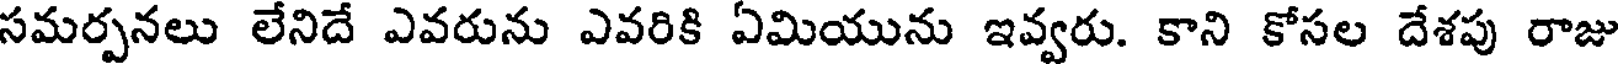
సమర్పనలు లేనిదే ఎవరును ఎవరికి ఏమియును ఇవ్వరు. కాని కోసల దేశపు రాజు